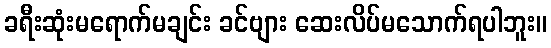
ခရီးဆုံးမရောက်မချင်း ခင်ဗျား ဆေးလိပ်မသောက်ရပါဘူး။